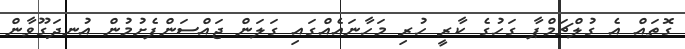
ގޮތައް އެ ގުލްޗަމްޕާ ގަހުގެ ކާރީ ހުރި މަހާނައެއްގައި ގަލަން ޖައްސަންފެށުމުން އުނދަގޫވާން